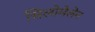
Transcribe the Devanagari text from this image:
सिलोमेलेन